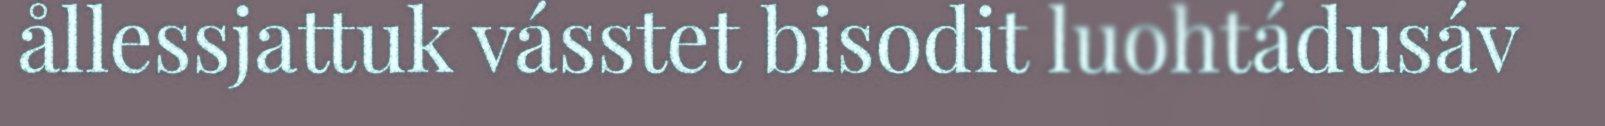
ållessjattuk vásstet bisodit luohtádusáv